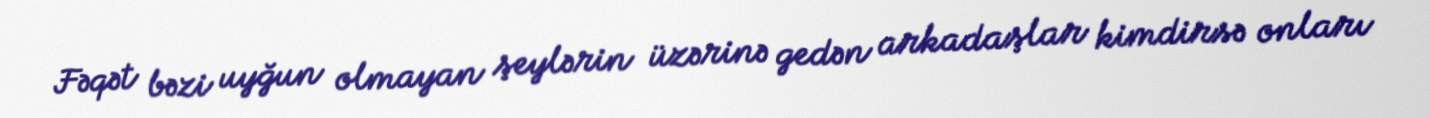
Fəqət bəzi uyğun olmayan şeylərin üzərinə gedən arkadaşlar kimdirsə onları